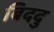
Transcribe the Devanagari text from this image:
बिददु